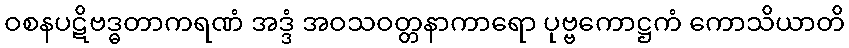
ဝစနပဋိဗဒ္ဓတာကရဏံ အဒ္ဒံ အဝသဝတ္တနာကာရော ပုဗ္ဗကောဋ္ဌကံ ကောသိယာတိ